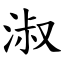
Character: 淑